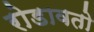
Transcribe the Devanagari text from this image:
रोडावतो